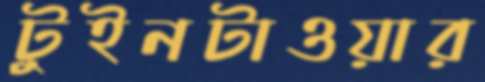
টুইনটাওয়ার